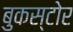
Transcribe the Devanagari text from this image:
बुकस्‍टोर